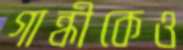
গান্ধীকেও